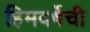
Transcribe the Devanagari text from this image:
हिमवर्षेची